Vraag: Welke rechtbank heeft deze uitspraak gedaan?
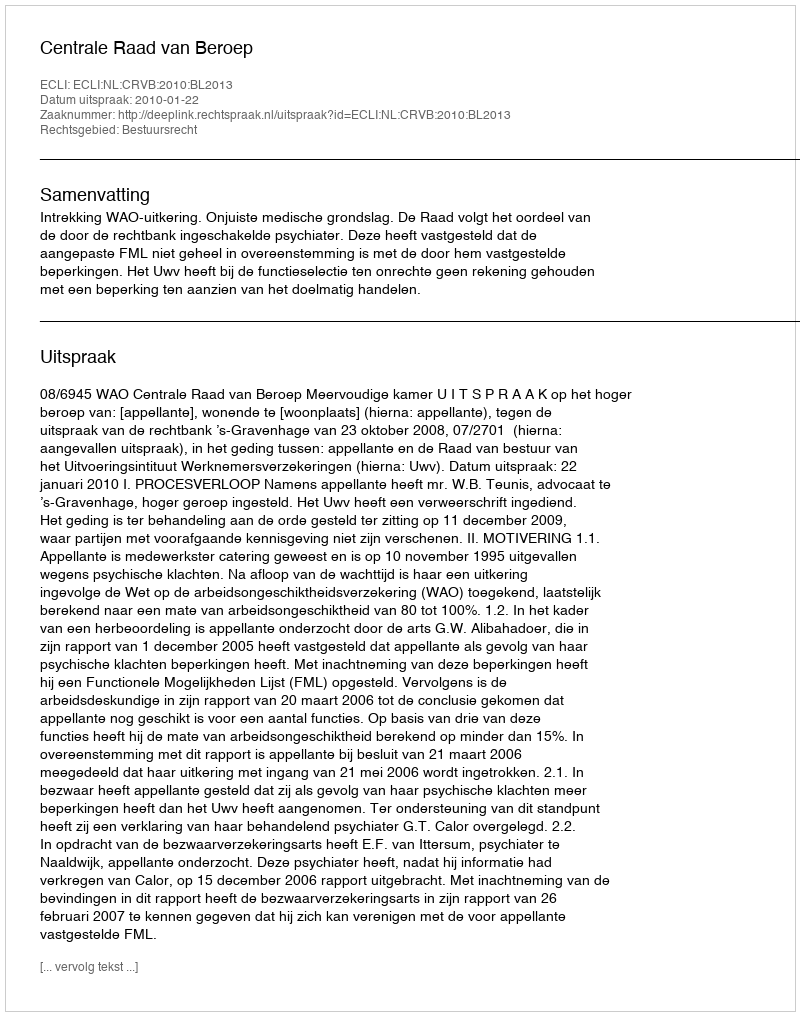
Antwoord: Centrale Raad van Beroep